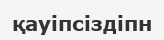
қауіпсіздіпн